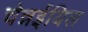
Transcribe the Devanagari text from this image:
चेन्नईयिल